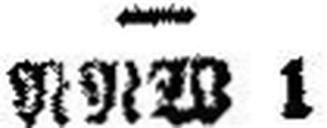
NNW 1